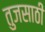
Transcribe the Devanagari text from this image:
तुजसाठी